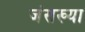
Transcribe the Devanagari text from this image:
जंसख्या